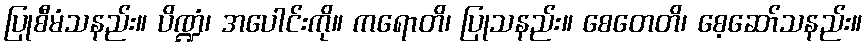
ပြုစီမံသနည်း။ ပိဏ္ဍံ၊ အပေါင်းကို။ ကရောတိ၊ ပြုသနည်း။ စေတေတိ၊ စေ့ဆော်သနည်း။